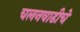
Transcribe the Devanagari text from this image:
चलनवाढीचे